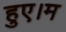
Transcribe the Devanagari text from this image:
हुए।म